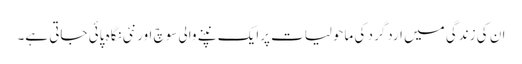
ان کی زندگی میں اردگرد کی ماحولیات پرایک نپنے والی سوچ اور نئی نگاہ پائی جاتی ہے۔